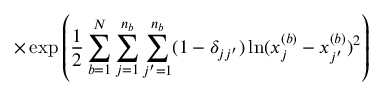
\times \exp \left( \frac { 1 } { 2 } \sum _ { b = 1 } ^ { N } \sum _ { j = 1 } ^ { n _ { b } } \sum _ { j ^ { \prime } = 1 } ^ { n _ { b } } ( 1 - \delta _ { j j ^ { \prime } } ) \ln ( x _ { j } ^ { ( b ) } - x _ { j ^ { \prime } } ^ { ( b ) } ) ^ { 2 } \right)